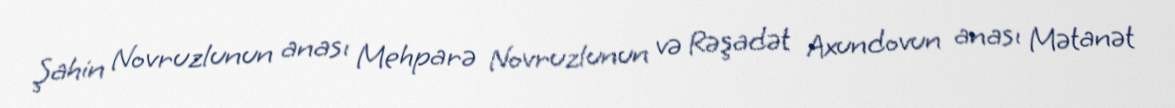
Şahin Novruzlunun anası Mehparə Novruzlunun və Rəşadət Axundovun anası Mətanət